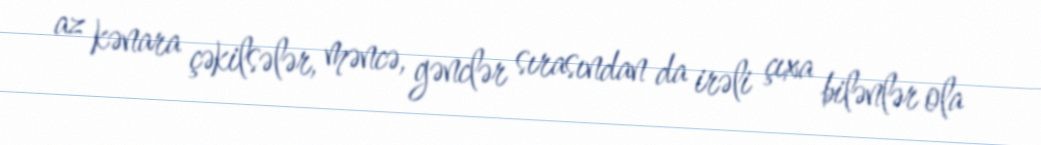
az kənara çəkilsələr, məncə, gənclər sırasından da irəli çıxa bilənlər ola